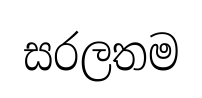
සරලතම